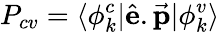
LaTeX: P_{cv}=\langle\phi_{k}^{c}\vert\hat{\textbf{e}}.\vec{\textbf{p}}\vert\phi_{k}^{v}\rangle